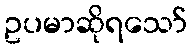
ဥပမာဆိုရသော်